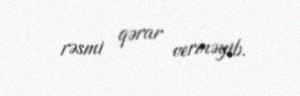
rəsmi qərar verməyib.